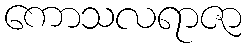
ကောသလရာဇာ